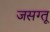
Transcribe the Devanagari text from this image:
जसग्तू